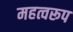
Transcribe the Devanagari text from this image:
महत्वरूप